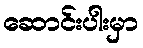
ဆောင်းပါးမှာ